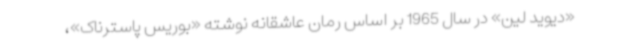
«دیوید لین» در سال 1965 بر اساس رمان عاشقانه نوشته «بوریس پاسترناک»،